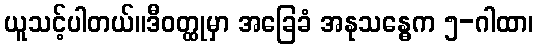
ယူသင့်ပါတယ်။ဒီဝတ္ထုမှာ အခြေခံ အနုသန္ဓေက ၅-ဂါထာ၊